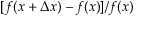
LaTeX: [ f ( x + \Delta x ) - f ( x ) ] / f ( x )